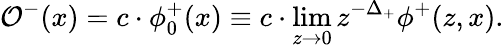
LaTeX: \mathcal{O}^{-}(x)=c\cdot\phi_{0}^{+}(x)\equiv c\cdot\operatorname*{lim}_{z\to 0}z^{-\Delta_{+}}\phi^{+}(z,x).